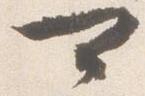
可